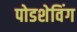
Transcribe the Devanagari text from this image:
पोडशेविंग